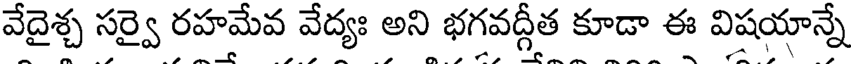
వేదైశ్చ సర్వై రహమేవ వేద్యః అని భగవద్గీత కూడా ఈ విషయాన్నే